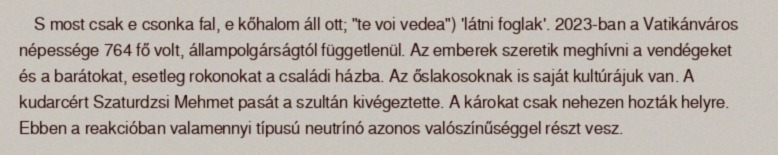
S most csak e csonka fal, e kőhalom áll ott; "te voi vedea") 'látni foglak'. 2023-ban a Vatikánváros népessége 764 fő volt, állampolgárságtól függetlenül. Az emberek szeretik meghívni a vendégeket és a barátokat, esetleg rokonokat a családi házba. Az őslakosoknak is saját kultúrájuk van. A kudarcért Szaturdzsi Mehmet pasát a szultán kivégeztette. A károkat csak nehezen hozták helyre. Ebben a reakcióban valamennyi típusú neutrínó azonos valószínűséggel részt vesz.